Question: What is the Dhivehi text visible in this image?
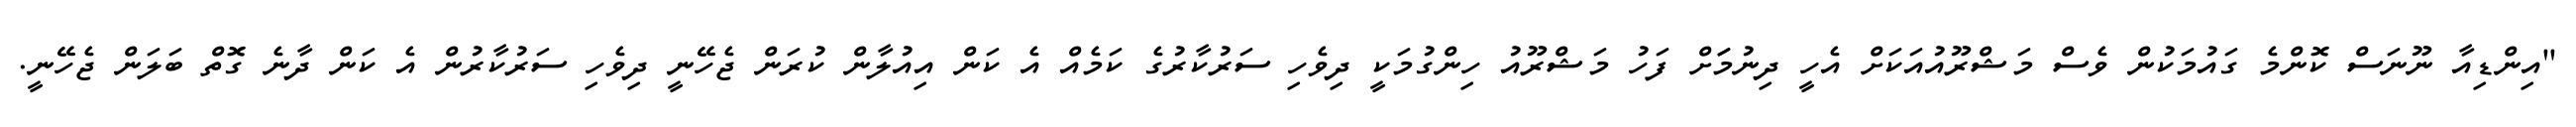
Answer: "އިންޑިއާ ނޫނަސް ކޮންމެ ގައުމަކުން ވެސް މަޝްރޫއުއަކަށް އެހީ ދިނުމަަށް ފަހު މަޝްރޫއު ހިންގުމަކީ ދިވެހި ސަރުކާރުގެ ކަމެއް އެ ކަން އިއުލާން ކުރަން ޖެހޭނީ ދިވެހި ސަރުކާރުން އެ ކަން ދާނެ ގޮތް ބަލަން ޖެހޭނީ.